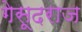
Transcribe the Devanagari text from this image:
गेसूदराज